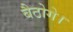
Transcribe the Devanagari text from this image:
बैठोगे।